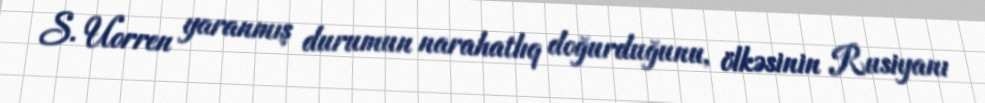
S. Uorren yaranmış durumun narahatlıq doğurduğunu, ölkəsinin Rusiyanı